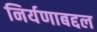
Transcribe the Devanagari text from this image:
निर्यणाबद्दल